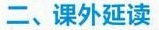
二、课外延读